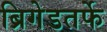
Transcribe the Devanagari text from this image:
ब्रिगेडतर्फे